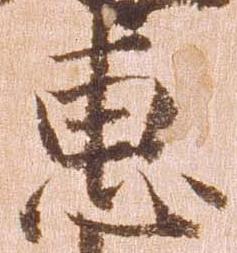
恵